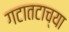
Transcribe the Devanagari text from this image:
गटातटाच्या